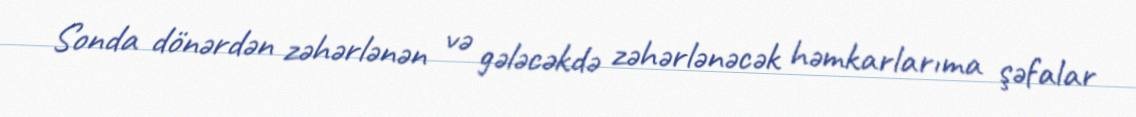
Sonda dönərdən zəhərlənən və gələcəkdə zəhərlənəcək həmkarlarıma şəfalar